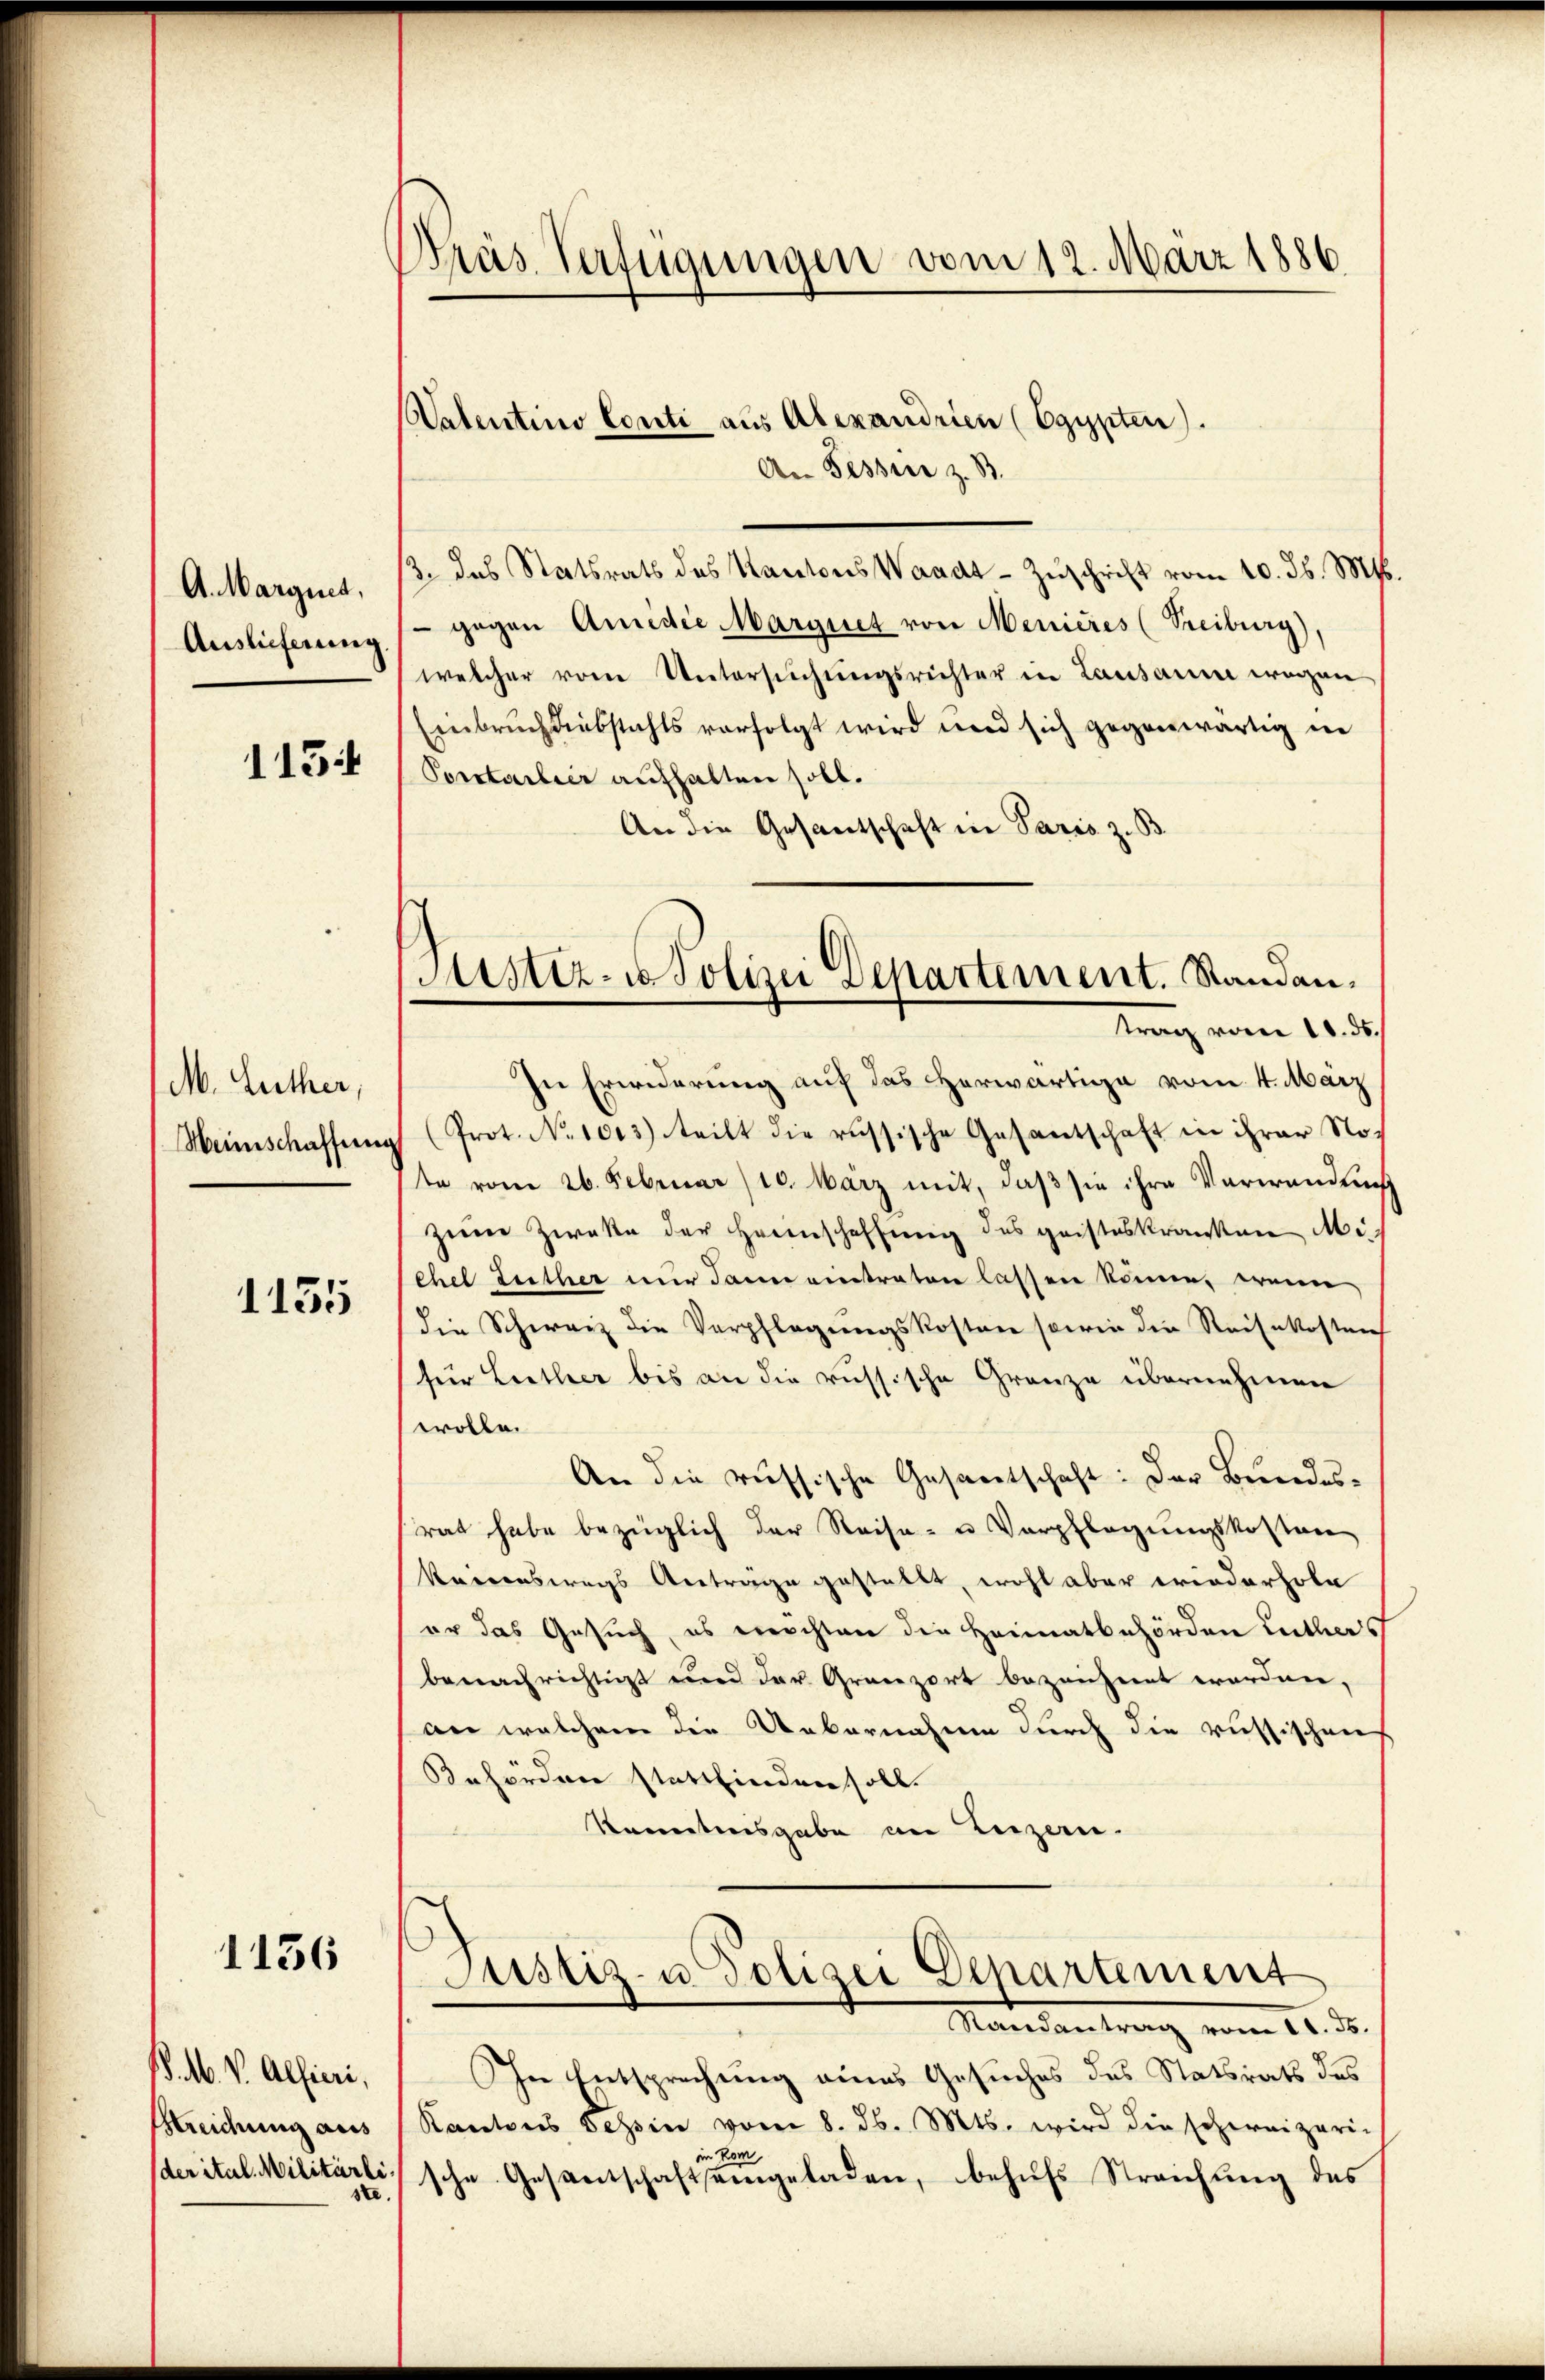
A. Margnet,
Auslieferung

113

M. Luther,
Heinschaffen

1135

1136

/. M. v. Alfieri,
Streichung aus
der ital. Militärli
te.

Pras Verfügungen vom 12. März 1886

Natentino Conti aus Alexandrien (Egypten).

An Tessier z. B.
β. das Statsrats des Kantons Waadt Zŭschrift vom 10. ds. M.
 gegen Amidie Marquet von Menieres (Treiburg),
welcher vom Untersuchungsrichter in Lausanne wegen
Einbruch diebstahls vorfolgt wird und sich gegenwärtig in
Porstarlier aufhalten soll.
An die Gesantschaft in Paris z. B.
In Erwiderung auf das Herwärtige vom 4. März
(Prot. No 1013.) teilt die russische Gesantschaft in ihrer Note vom 26. Februar 10. März mit, daβ sie ihre Verwandnis
zine Zweke der Heinschaffung des geisteskranken Michel Luther nur dann eintraten lassen könne, wenn
die Schweiz die Verpflegungskosten sowie die Reisekosten
für Leither bis an die russische Granze übernehmen
wolle.
An die russische Gesandtschaft: Der Beendes-
rat habe bezüglich der Reise- u Verpflegungskosten
keinenswegs Antrage gestellt, wohl aber wiederhole
er das Gesuch, es errichten die Heimatbehörden Luthers
benachrichtigt und der Gränz(...) bezeichnet worden,
an welchem die Uebernahme durch die russischen
Behörden stattfinden soll.
kenntnisgabe am Luzern.
Justiz- u Polizei Departement
Mandantrang vom 11. d.
Ihre Entsprechung eines Gesuches des Statsrath des
Kantons Tessin vom 8. d. Mts. wird die schweizeri-
in kom
sche Gesantschaftsangeladen, behufs Streichung des

Justiz- u Polizei Departement. Sandan¬
Krag vom 18. ds.